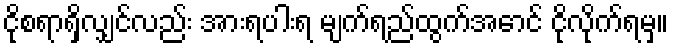
ငိုစရာရှိလျှင်လည်း အားရပါးရ မျက်ရည်ထွက်အောင် ငိုလိုက်ရမှ။